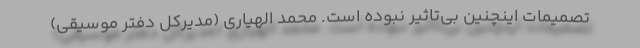
تصمیمات اینچنین بی‌تاثیر نبوده است. محمد الهیاری (مدیرکل دفتر موسیقی)